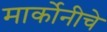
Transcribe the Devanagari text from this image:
मार्कोनीचे